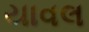
યાવલ